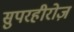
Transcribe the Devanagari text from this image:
सुपरहीरोज़